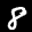
Label: 8